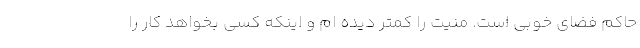
حاکم فضای خوبی است. منیت را کمتر دیده ام و اینکه کسی بخواهد کار را